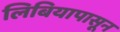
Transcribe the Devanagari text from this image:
लिबियापासून